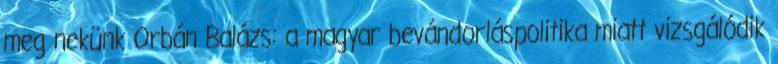
meg nekünk Orbán Balázs: a magyar bevándorláspolitika miatt vizsgálódik